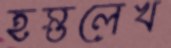
হস্তলেখ